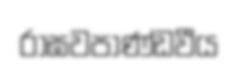
රාඝවපාණ්ඩවීය